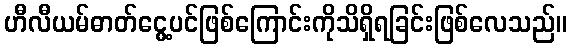
ဟီလီယမ်ဓာတ်ငွေ့ပင်ဖြစ်ကြောင်းကိုသိရှိရခြင်းဖြစ်လေသည်။